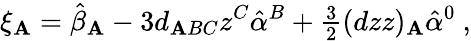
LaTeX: \xi_{\mathbf{A}}=\hat{{\beta}}_{\mathbf{A}}-3d_{\mathbf{A}BC}z^{C}\hat{{\alpha}}^{B}+{\textstyle\frac{{3}}{{2}}}(dzz)_{\mathbf{A}}\hat{{\alpha}}^{0}\ ,